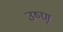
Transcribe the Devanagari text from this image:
उष्ण्